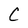
Character: C